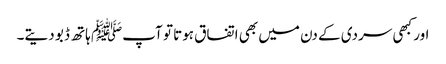
اور کبھی سردی کے دن میں بھی اتفاق ہوتا تو آپﷺ ہاتھ ڈبو دیتے۔